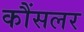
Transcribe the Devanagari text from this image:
कौंसलर